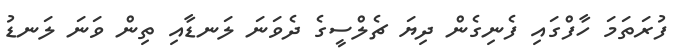
ފުރަތަމަ ހާފްގައި ފެނިގެން ދިޔަ ޗެލްސީގެ ދެވަނަ ލަނޑާއި ތިން ވަނަ ލަނޑު